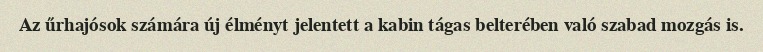
Az űrhajósok számára új élményt jelentett a kabin tágas belterében való szabad mozgás is.